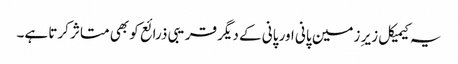
یہ کیمیکل زیر ِ زمین پانی اور پانی کے دیگر قریبی ذرائع کو بھی متاثر کرتا ہے۔